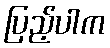
ပြည့်ပါက